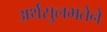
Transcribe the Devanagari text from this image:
अर्थसुलभतेने